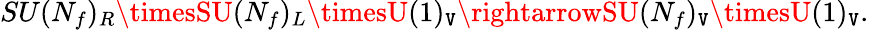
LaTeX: SU(N_{f})_{R}\timesSU(N_{f})_{L}\timesU(1)_{\mathtt{V}}\rightarrowSU(N_{f})_{\mathtt{V}}\timesU(1)_{\mathtt{V}}.